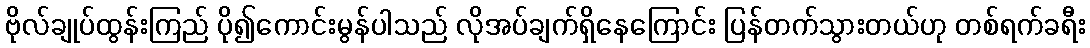
ဗိုလ်ချုပ်ထွန်းကြည် ပို၍ကောင်းမွန်ပါသည် လိုအပ်ချက်ရှိနေကြောင်း ပြန်တက်သွားတယ်ဟု တစ်ရက်ခရီး